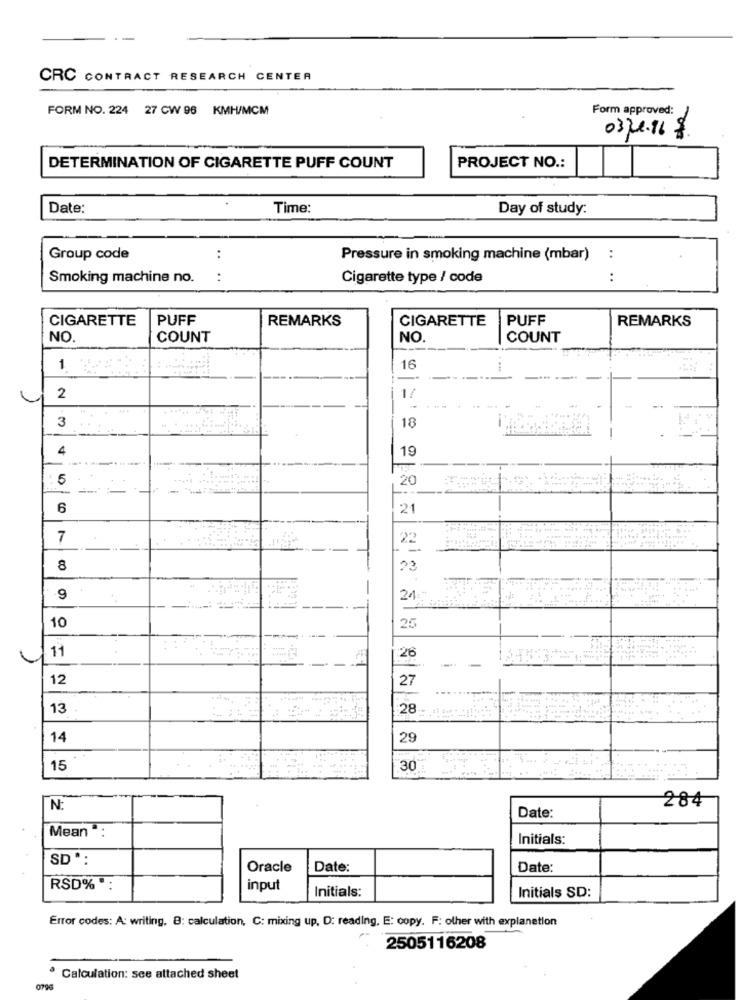
CRC CONTRACT RESEARCH CENTER
FORM NO. 224 27 CW 96 KMH/MCM
Form approved:
0324.16 $
DETERMINATION OF CIGARETTE PUFF COUNT
PROJECT NO .:
Date:
Time:
Day of study:
Group code
..
Pressure in smoking machine (mbar)
. .
Smoking machine no.
:
Cigarette type / code
:
CIGARETTE
PUFF
REMARKS
CIGARETTE
PUFF
REMARKS
NO
COUNT
NO.
COUNT
1
16
2
1/
3
18
4
19
5
20
6
21
7
22
8
23
9
21
10
25
11
:26
12
27
....
13
28 -- .....
14
29
15
30
284
N:
Date:
Mean :
Initials:
SD *:
Oracle
Date:
Date:
RSD% ":
input
Initials:
Initials SD:
Error codes: A: writing, 8: calculation, C: mixing up. D: reading, E: copy. F: other with explanation
2505116208
Calculation: see attached sheet